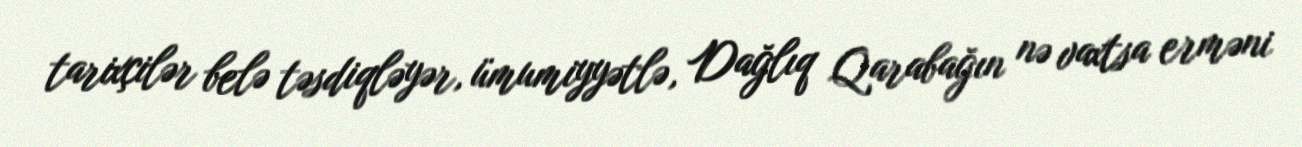
tarixçilər belə təsdiqləyər, ümumiyyətlə, Dağlıq Qarabağın nə vaxtsa erməni